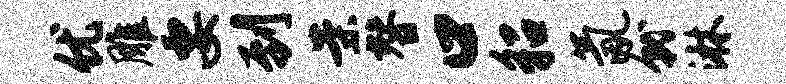
优雕要到案替口貂氤就淋